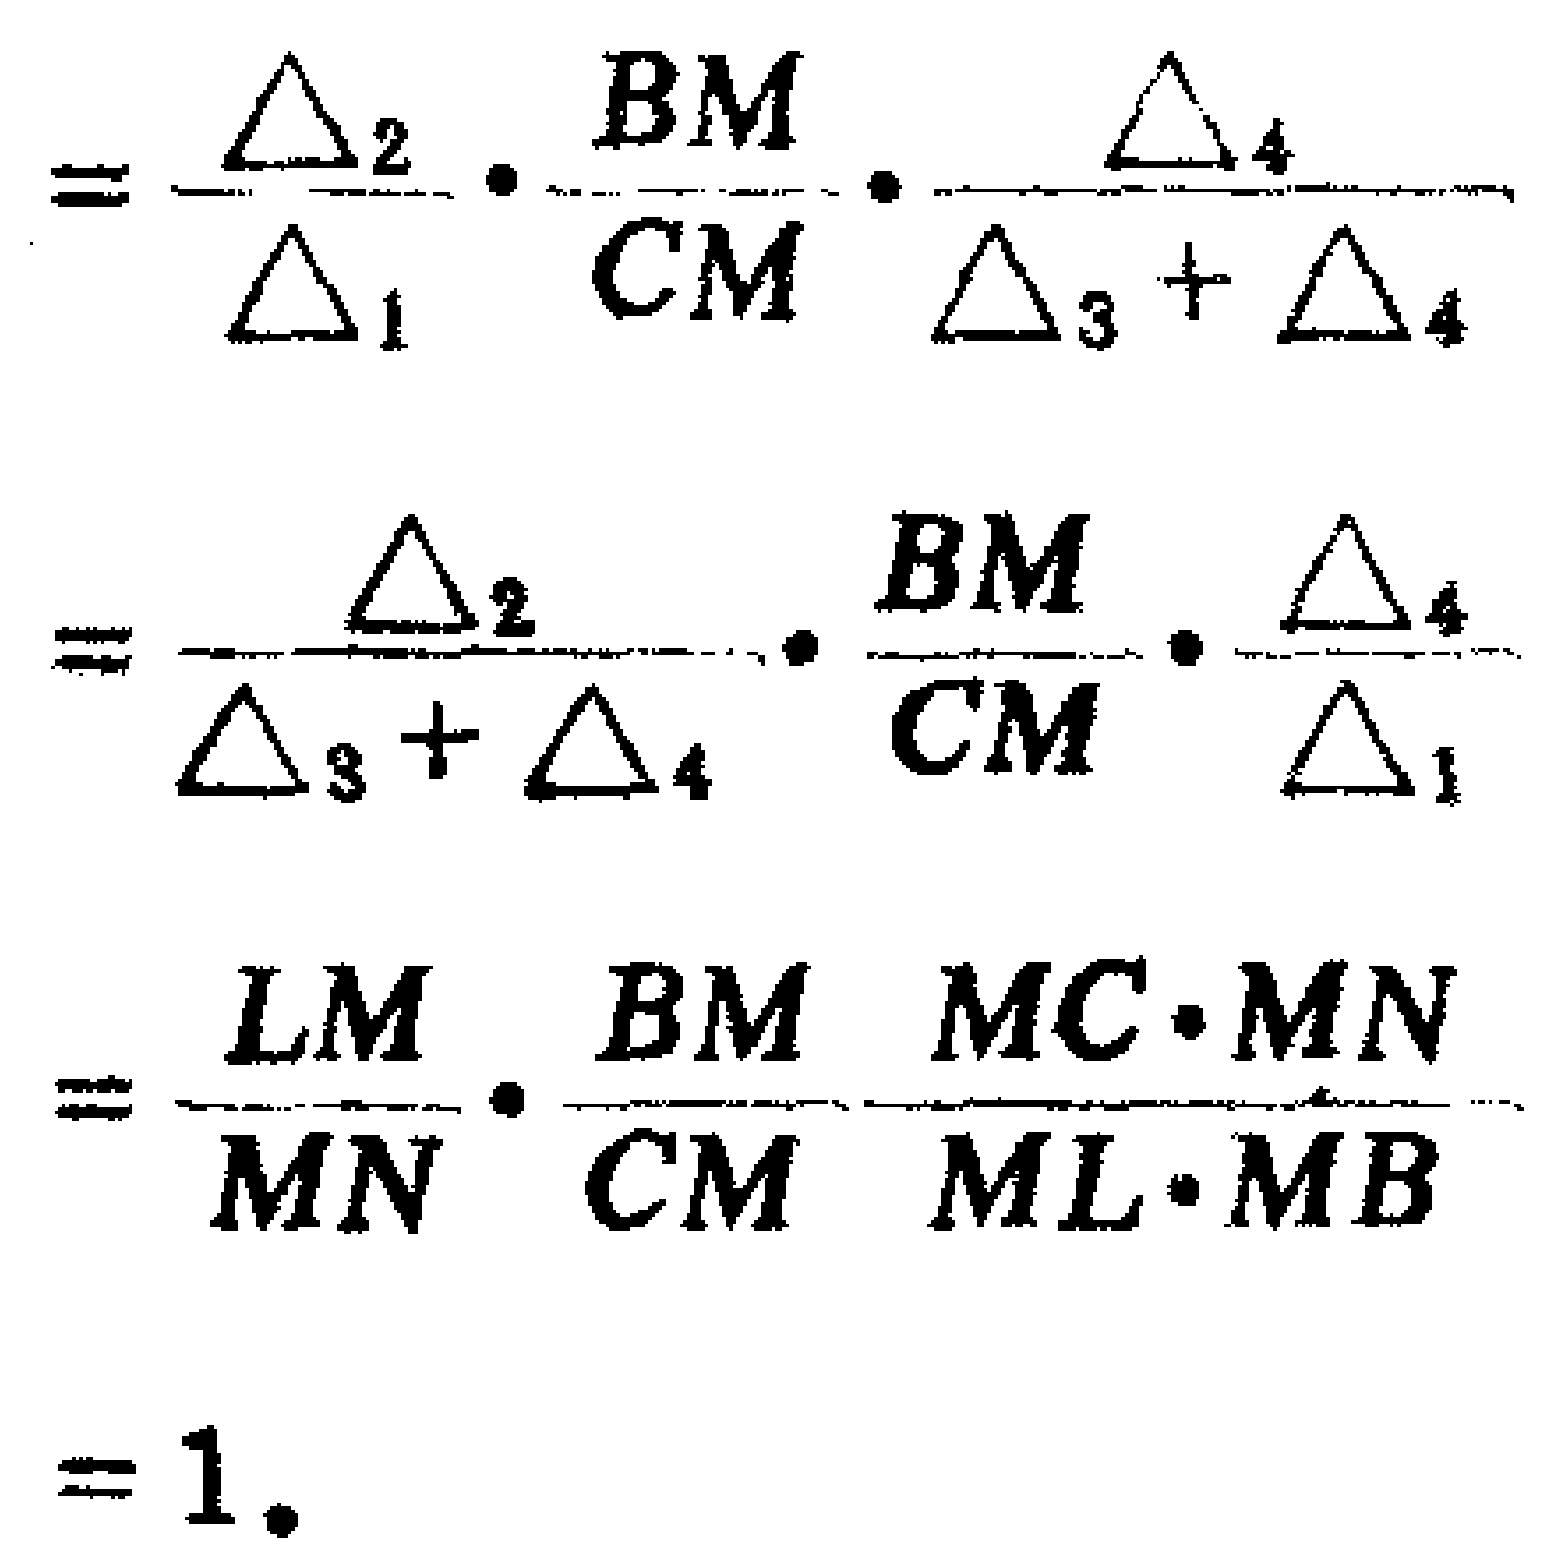
\[

\begin{align*}

&=\frac{\triangle_{2}}{\triangle_{1}}\cdot\frac{BM}{CM}\cdot\frac{\triangle_{4}}{\triangle_{3}+\triangle_{4}}\\

&=\frac{\triangle_{2}}{\triangle_{3}+\triangle_{4}}\cdot\frac{BM}{CM}\cdot\frac{\triangle_{4}}{\triangle_{1}}\\

&=\frac{LM}{MN}\cdot\frac{BM}{CM}\cdot\frac{MC\cdot MN}{ML\cdot MB}\\

&= 1.

\end{align*}

\]